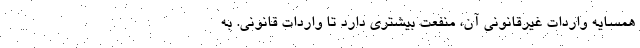
همسایه واردات غیرقانونی آن، منفعت بیشتری دارد تا واردات قانونی. به